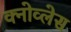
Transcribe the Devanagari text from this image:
क्नोव्लेस